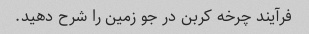
فرآیند چرخه کربن در جو زمین را شرح دهید.